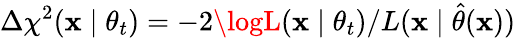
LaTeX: \Delta\chi^{2}(\mathbf{x}\mid\theta_{t})=-2\logL(\mathbf{x}\mid\theta_{t})/L(\mathbf{x}\mid\hat{{\theta}}(\mathbf{x}))